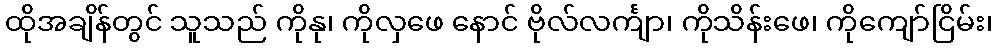
ထိုအချိန်တွင် သူသည် ကိုနု၊ ကိုလှဖေ နောင် ဗိုလ်လင်္ကျာ၊ ကိုသိန်းဖေ၊ ကိုကျော်ငြိမ်း၊